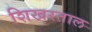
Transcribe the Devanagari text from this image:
शिखरताल